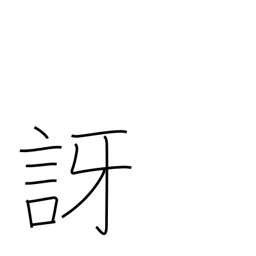
Meaning: doubt